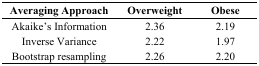
| Averaging Approach | Overweight | Obese |
 | --- | --- | --- |
 | Akaike’s Information | 2.36 | 2.19 |
 | Inverse Variance | 2.22 | 1.97 |
 | Bootstrap resampling | 2.26 | 2.20 |